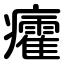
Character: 癨